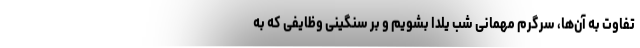
تفاوت به آن‌ها، سرگرم مهمانی شب یلدا بشویم و بر سنگینی وظایفی که به